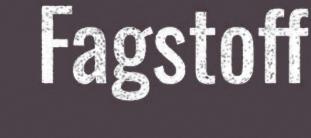
Fagstoff